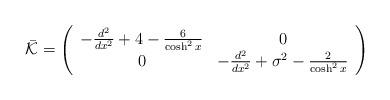
LaTeX: \begin{align*}\bar{\cal K}= \left( \begin{array}{cc}-\frac{d^2}{dx^2}+4-\frac{6}{\cosh^2x}&0\\ 0&-\frac{d^2}{dx^2}+\sigma^2-\frac{2}{\cosh^2x}\end{array} \right)\end{align*}